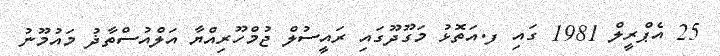
25 އެޕްރީލް 1981 ގައި ފ.އަތޮޅު މަގޫދޫގައި ރައީސުލް ޖުމްހޫރިއްޔާ އަލްއުސްތާޛު މައުމޫނު